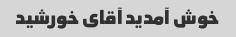
خوش آمدید آقای خورشید